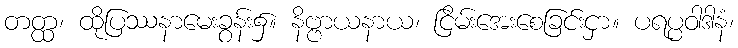
တတ္ထ၊ ထိုပြဿနာမေးခွန်း၌။ နိဗ္ဗာယနာယ၊ ငြိမ်းအေးစေခြင်းငှာ။ ပရပ္ပဝါဒါနံ၊